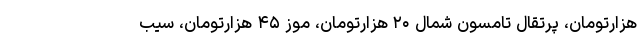
هزارتومان، پرتقال تامسون شمال ۲۰ هزارتومان، موز ۴۵ هزارتومان، سیب